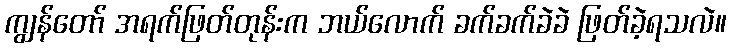
ကျွန်တော် အရက်ဖြတ်တုန်းက ဘယ်လောက် ခက်ခက်ခဲခဲ ဖြတ်ခဲ့ရသလဲ။